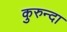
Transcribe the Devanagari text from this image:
कुरुन्दा